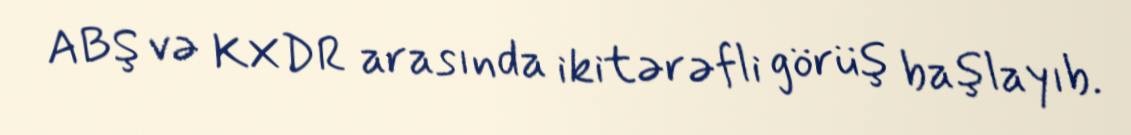
ABŞ və KXDR arasında ikitərəfli görüş başlayıb.